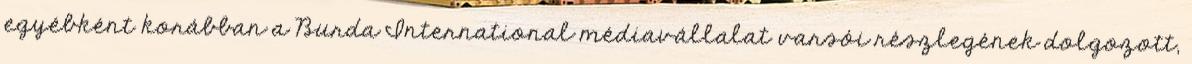
egyébként korábban a Burda International médiavállalat varsói részlegének dolgozott,